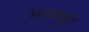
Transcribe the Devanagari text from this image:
मरणाहून